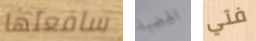
سافعلها الهضبة فتي